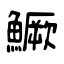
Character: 鱖